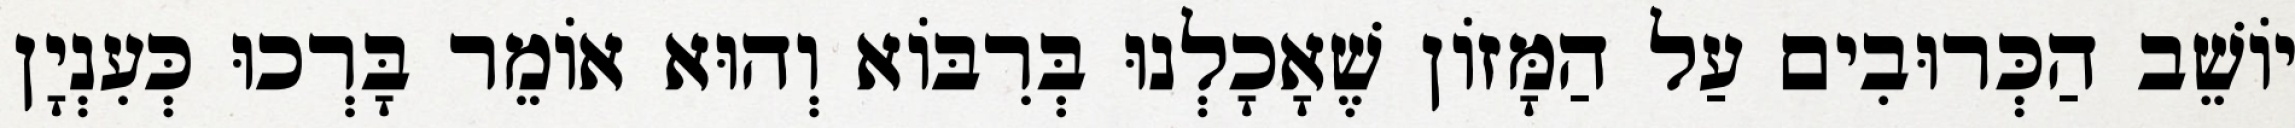
יוֹשֵׁב הַכְּרוּבִים עַל הַמָּזוֹן שֶׁאָכָלְנוּ בְּרִבּוֹא וְהוּא אוֹמֵר בָּרְכוּ כְּעִנְיָן